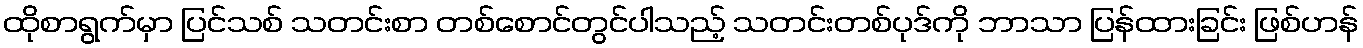
ထိုစာရွက်မှာ ပြင်သစ် သတင်းစာ တစ်စောင်တွင်ပါသည့် သတင်းတစ်ပုဒ်ကို ဘာသာ ပြန်ထားခြင်း ဖြစ်ဟန်